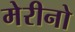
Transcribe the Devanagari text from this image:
मेरीनो